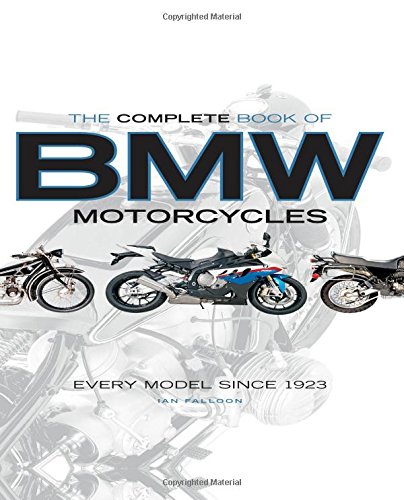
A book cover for The Complete Book of BMW Motorcycles: Every Model Since 1923; Ian Falloon; Engineering & Transportation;